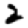
Digit: 2